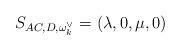
LaTeX: \begin{align*} S_{AC,D,\omega_k^{\vee}}=(\lambda, 0, \mu, 0)\end{align*}